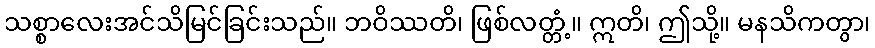
သစ္စာလေးအင်သိမြင်ခြင်းသည်။ ဘဝိဿတိ၊ ဖြစ်လတ္တံ့။ ဣတိ၊ ဤသို့။ မနသိကတွာ၊